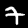
Label: 7